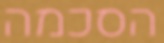
הסכמה